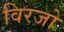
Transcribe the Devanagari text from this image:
विरजो